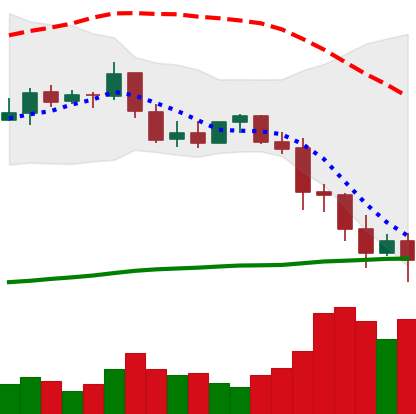
Ticker: BNB-USD
Chart end date: 2022-01-10
Forward return: 16.486%
Label: up_7plus